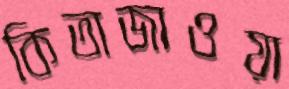
কিতাজাওয়া